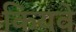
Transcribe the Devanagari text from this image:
कियवे